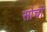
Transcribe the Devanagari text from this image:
सोचों